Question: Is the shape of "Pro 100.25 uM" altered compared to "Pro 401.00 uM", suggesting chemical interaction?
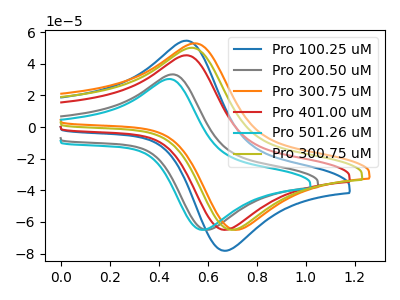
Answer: <think>The blue curve "Pro 100.25 uM" has an anodic peak at (0.50V, 54.65uA) and a cathodic peak at (0.70V, -78.10uA). The gray curve "Pro 200.50 uM" has an anodic peak at (0.45V, 33.35uA) and a cathodic peak at (0.60V, -64.90uA). The orange curve "Pro 300.75 uM" has an anodic peak at (0.55V, 52.95uA) and a cathodic peak at (0.75V, -64.90uA). The red curve "Pro 401.00 uM" has an anodic peak at (0.50V, 45.40uA) and a cathodic peak at (0.70V, -64.90uA). The cyan curve "Pro 501.26 uM" has an anodic peak at (0.45V, 30.40uA) and a cathodic peak at (0.60V, -64.90uA). The olive curve "Pro 300.75 uM" has an anodic peak at (0.55V, 50.15uA) and a cathodic peak at (0.70V, -64.90uA).
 All the peaks in "Pro 100.25 uM" have a peak in "Pro 401.00 uM" at the same potential. Every peak in "Pro 100.25 uM" is higher than every peak in "Pro 401.00 uM".</think>
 <answer>No, "Pro 100.25 uM" and "Pro 401.00 uM" don't appear to be significantly different in shape</answer>
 <eval>no_change</eval>